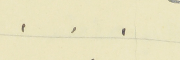
.    .    .